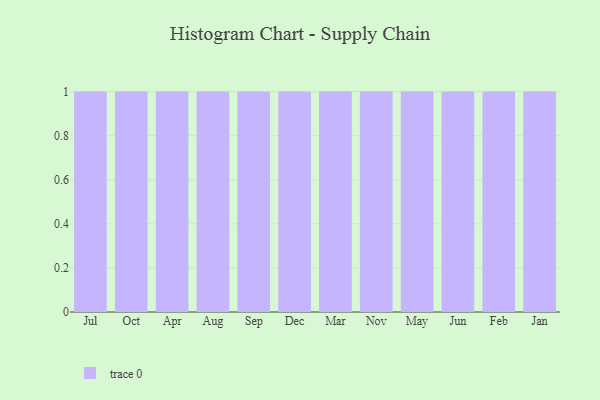
{"axis": {"x": "Month", "y": "Budget (USD K)"}, "legend": [""], "data": [{"x": "Jul", "y": 19, "type": ""}, {"x": "Oct", "y": 82, "type": ""}, {"x": "Apr", "y": 48, "type": ""}, {"x": "Aug", "y": 100, "type": ""}, {"x": "Sep", "y": 47, "type": ""}, {"x": "Dec", "y": 3, "type": ""}, {"x": "Mar", "y": 96, "type": ""}, {"x": "Nov", "y": 13, "type": ""}, {"x": "May", "y": 82, "type": ""}, {"x": "Jun", "y": 44, "type": ""}, {"x": "Feb", "y": 45, "type": ""}, {"x": "Jan", "y": 74, "type": ""}]}